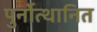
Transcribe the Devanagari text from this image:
पुर्नोत्थानित